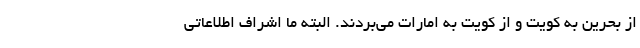
از بحرین به کویت و از کویت به امارات می‌بردند. البته ما اشراف اطلاعاتی